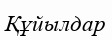
Құйылдар